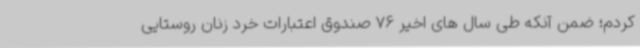
کردم؛ ضمن آنکه طی سال های اخیر 76 صندوق‌ اعتبارات خرد زنان روستایی